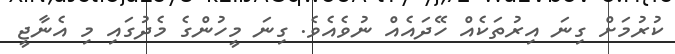
ކުރުމަށް ގިނަ އިރުތަކެއް ހޭދައެއް ނުވެއެވެ. ގިނަ މީހުންގެ މެދުގައި މި އެނާޖީ